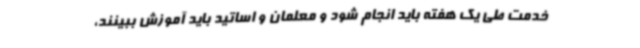
خدمت طی یک هفته باید انجام شود و معلمان و اساتید باید آموزش ببینند،